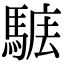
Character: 𩣴